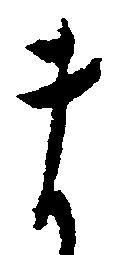
ま